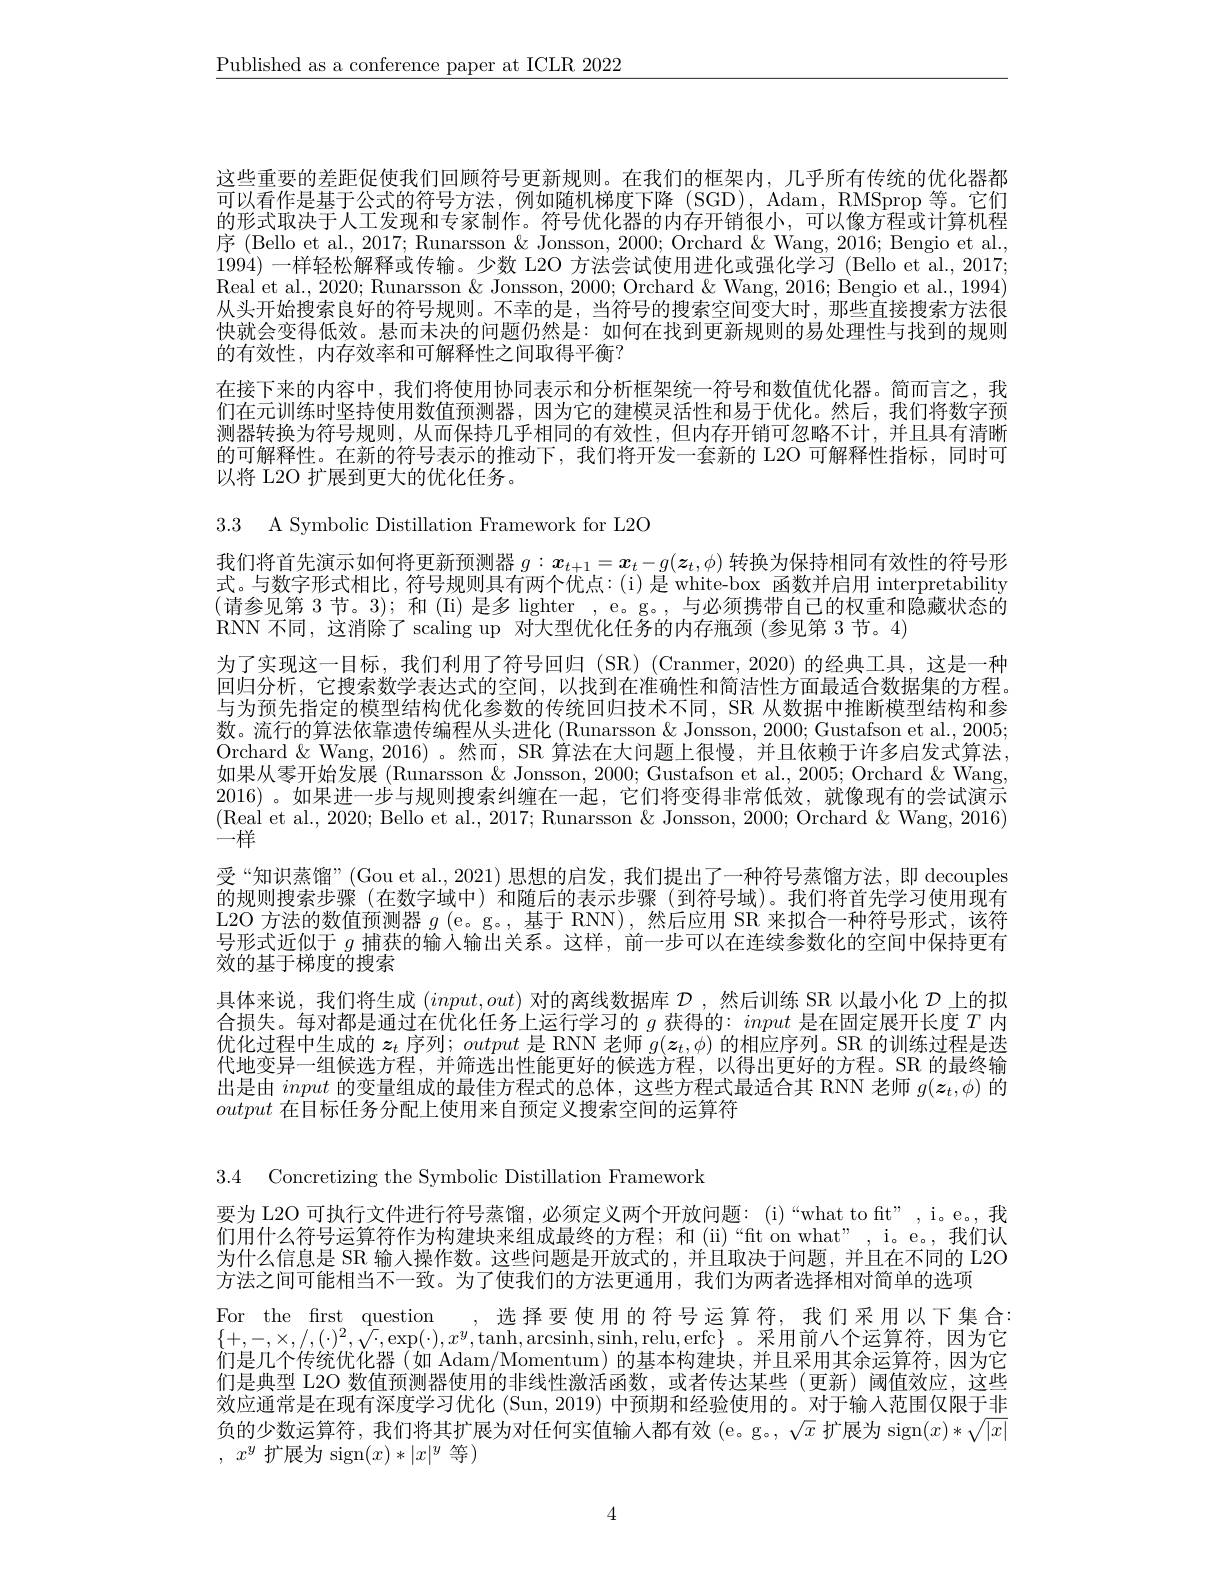
$\underline{\text{Published as a conference paper at ICLR 2022}}$

这些重要的差距促使我们回顾符号更新规则。在我们的框架内，几乎所有传统的优化器都可以看作是基于公式的符号方法，例如随机梯度下降(SGD),Adam,RMSprop等。它们的形式取决于人工发现和专家制作。符号优化器的内存开销很小，可以像方程或计算机程序 (Bello et al., 2017; Runarsson & Jonsson, 2000; Orchard & Wang, 2016; Bengio et al., 1994)一样轻松解释或传输。少数 L2O 方法尝试使用进化或强化学习 (Bello et al., 2017; Real et al., 2020; Runarsson & Jonsson, 2000; Orchard & Wang, 2016; Bengio et al., 1994) 从头开始搜索良好的符号规则。不幸的是，当符号的搜索空间变大时，那些直接搜索方法很快就会变得低效。悬而未决的问题仍然是：如何在找到更新规则的易处理性与找到的规则的有效性，内存效率和可解释性之间取得平衡？
在接下来的内容中，我们将使用协同表示和分析框架统一符号和数值优化器。简而言之，我们在元训练时坚持使用数值预测器，因为它的建模灵活性和易于优化。然后，我们将数字预测器转换为符号规则，从而保持几乎相同的有效性，但内存开销可忽略不计，并且具有清晰的可解释性。在新的符号表示的推动下，我们将开发一套新的 L2O 可解释性指标，同时可以将 L2O 扩展到更大的优化任务。

3.3 A Symbolic Distillation Framework for L2O

我们将首先演示如何将更新预测器$g:x_{t+1}=\boldsymbol{x}_t-g(\boldsymbol{z}_t,\phi)$转换为保持相同有效性的符号形式。与数字形式相比，符号规则具有两个优点：(i)是 white-box 函数并启用 interpretability (请参见第 3节。3); 和(Ii)是多 lighter, e。g。, 与必须携带自己的权重和隐藏状态的RNN 不同，这消除了 scaling up 对大型优化任务的内存瓶颈 (参见第 3 节。4)
为了实现这一目标，我们利用了符号回归(SR)(Cranmer,2020)的经典工具，这是一种回归分析，它搜索数学表达式的空间，以找到在准确性和简洁性方面最适合数据集的方程。与为预先指定的模型结构优化参数的传统回归技术不同，SR 从数据中推断模型结构和参数。流行的算法依靠遗传编程从头进化(Runarsson & Jonsson, 2000; Gustafson et al., 2005; Orchard $\&$ Wang, 2016) 。然 而 , SR 算 法 在 大 问 题 上 很 慢 , 并 且 依 赖 于 许 多 启 发 式 算 法 , 如果从零开始发展 (Runarsson & Jonsson, 2000; Gustafson et al., 2005; Orchard & Wang, 2016) 。如果进一步与规则搜索纠缠在一起，它们将变得非常低效，就像现有的尝试演示(Real et al., 2020; Bello et al., 2017; Runarsson & Jonsson, 2000; Orchard & Wang, 2016) 一样
受“知识蒸馏”(Gou et al.,2021)思想的启发，我们提出了一种符号蒸馏方法，即 decouples 的规则搜索步骤(在数字域中)和随后的表示步骤(到符号域)。我们将首先学习使用现有L2O 方法的数值预测器$g\left(\mathrm{e}\text{。g。,基于 RNN),然后应用 SR 来拟合一种符号形式，该符}\right)$ 号形式近似于$g$捕获的输入输出关系。这样，前一步可以在连续参数化的空间中保持更有效的基于梯度的搜索
具体来说，我们将生成$(input,out)$对的离线数据库$\mathcal{D}$ ,然后训练 SR 以最小化$\mathcal{D}$上的拟合损失。每对都是通过在优化任务上运行学习的$g$获得的：input是在固定展开长度$T$内优化过程中生成的$\boldsymbol z_t$序列$;output$是 RNN 老师$g(\boldsymbol z_t,\phi)$的相应序列。SR 的训练过程是迭代地变异一组候选方程，并筛选出性能更好的候选方程，以得出更好的方程。SR 的最终输出是由input的变量组成的最佳方程式的总体，这些方程式最适合其 RNN 老师$g(\boldsymbol{z}_t,\phi)$的output在目标任务分配上使用来自预定义搜索空间的运算符

3.4 Concretizing the Symbolic Distillation Framework

要为 L2O 可执行文件进行符号蒸馏，必须定义两个开放问题：(i)“what to fit" , i。e。, 我们用什么符号运算符作为构建块来组成最终的方程；和(ii)“ft on what”, i。e。,我们认为什么信息是 SR 输入操作数。这些问题是开放式的，并且取决于问题，并且在不同的 L2O 方法之间可能相当不一致。为了使我们的方法更通用，我们为两者选择相对简单的选项
For the frst question , 选择要使用的符号运算符，我们采用以下集合$\{+,-,\times,/,(\cdot)^{2},\bar{\sqrt{\cdot}},\exp(\cdot),x^{y},\tanh,\arcsin,\operatorname{relu},\operatorname{erfc}\}$。采用前八个运算符，因为它们是几个传统优化器 (如 Adam/Momentum) 的基本构建块，并且采用其余运算符，因为它们是典型 L2O 数值预测器使用的非线性激活函数，或者传达某些 (更新)阈值效应，这些效应通常是在现有深度学习优化 (Sun, 2019) 中预期和经验使用的。对于输入范围仅限于非负的少数运算符，我们将其扩展为对任何实值输入都有效(e。g。, $\sqrt x$扩展为 sign$(x)*\sqrt|x|$ , $x^y$ 扩展为 sign$(x)*|x|^y$ 等)

4